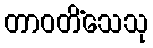
တာဝတိံသေသု